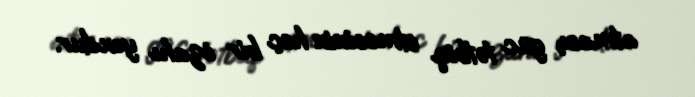
atması, güc tətbiq etməsinin heç bir izahı yoxdur.